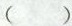
（ ）